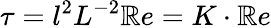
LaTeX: {\tau=l^{2}L^{-2}\mathbb{R}e=K\cdot\mathbb{R}e}